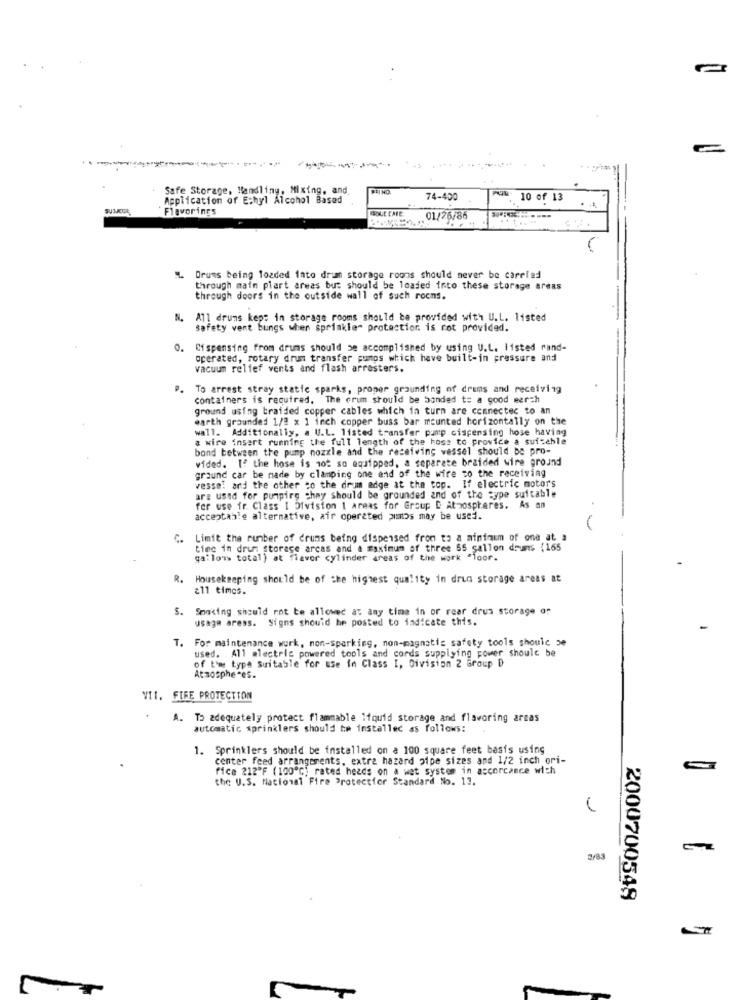
Safe Storage, Handling, Mixing, and
. Application of Ethyl Alcohol Based
74-400
10 of 13
...
Flavorings
01/26/86
----
M. Drums being loaded into drum storage rooms should never be carried
through main plart areas but should be loaded into these storage areas
through doors in the outside wall of such rocns.
All drums kept in storage rooms should be provided with U.L. listed
Safety vent bungs when sprinkle- protection is rot provided.
0.
Dispensing from drums should be accomplished by using U.L. listed rand-
operated, rotary drum transfer pumps which have built-in pressure and
vacuum relief vents and flash arresters.
P. To arrest stray static sparks, proper grounding of drums and receiving
containers is required. The crum should be banded t= a good eerch
ground using braided copper cables which in turn are connected to an
earth grounded 1/2 x 1 inch copper buss bar mounted horizontally on the
wall. Additionally, a U.L. listed transfer pump dispensing hose having
a wire insert running the full length of the hoss to provide a sui:chle
bond between the pump nozzle and the receiving vessel should be pro-
wided. If the hose is not so aquipped, a separate braided wire ground
ground car be made by clamping one end of the wire to the receiving
vesse! and the other co the drum edge at the top. If electric motors
are used for pumpirg chay Should be grounded and of the type suitable
for use ir Class I Division 1 areas for Group D Atzospheres. As an
acceptable alternative, air operated >imos may be used.
C.
Limit the number of drums being dispensed from to a minimum of one at a
time in drums storage arcas and a maximum of three 55 gallon druns {165
gallons total} at flavor cylinder areas of the work "loor.
R.
Housekeeping should be of the highest quality in drun storage areas at
£11 times.
s.
Smoking should not be allowed at any time in or rear drus storage or
usage aress. Signs should be posted to indicate this.
T. For maintenance wurk, non-sparking, non-magnatis safety tools should be
used. A11 alectric powered tools and cords supplying power should be
of t'we type Suitable for use in Class I, Division 2 Group D
Atmospheres.
VII. FIRE PROTECTION
A.
To adequately protect flammable liquid storage and flavoring areas
automatic sprinklers should be installed as follows:
1. Sprinklers should be installed on a 100 square feet basis using
center feed arrangements, extra hazard pipe sizes and 1/2 inch ori-
fica 212'F (100"℃) rated heads on a wet syster in accordance with
the U.S. Nacional Fire Protectfor Standard No. 13.
3/83
2000700548